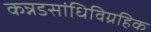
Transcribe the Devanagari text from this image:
कन्नडसांधिविग्रहिक